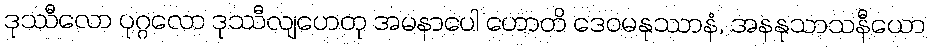
ဒုဿီလော ပုဂ္ဂလော ဒုဿီလျဟေတု အမနာပေါ ဟောတိ ဒေဝမနုဿာနံ, အနနုသာသနီယော